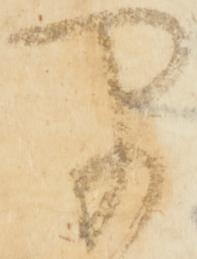
早